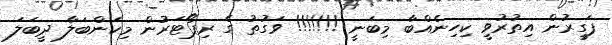
ފަގީރުން އިތުރުވީ ކިހިނެއްބާ މިބަނީ !!!!!!! ވަގުތު ގެ ރިޕޯޓަރުން މިކަންބަލާ ދީބަލަ